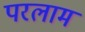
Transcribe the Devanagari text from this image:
परलाम